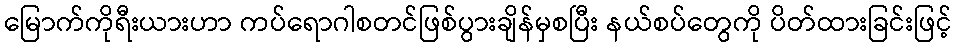
မြောက်ကိုရီးယားဟာ ကပ်ရောဂါစတင်ဖြစ်ပွားချိန်မှစပြီး နယ်စပ်တွေကို ပိတ်ထားခြင်းဖြင့်